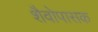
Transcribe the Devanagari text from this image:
शैवोपासक